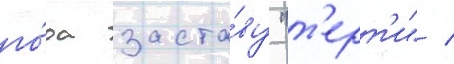
го́да заста́ву "т'ерт'и" /